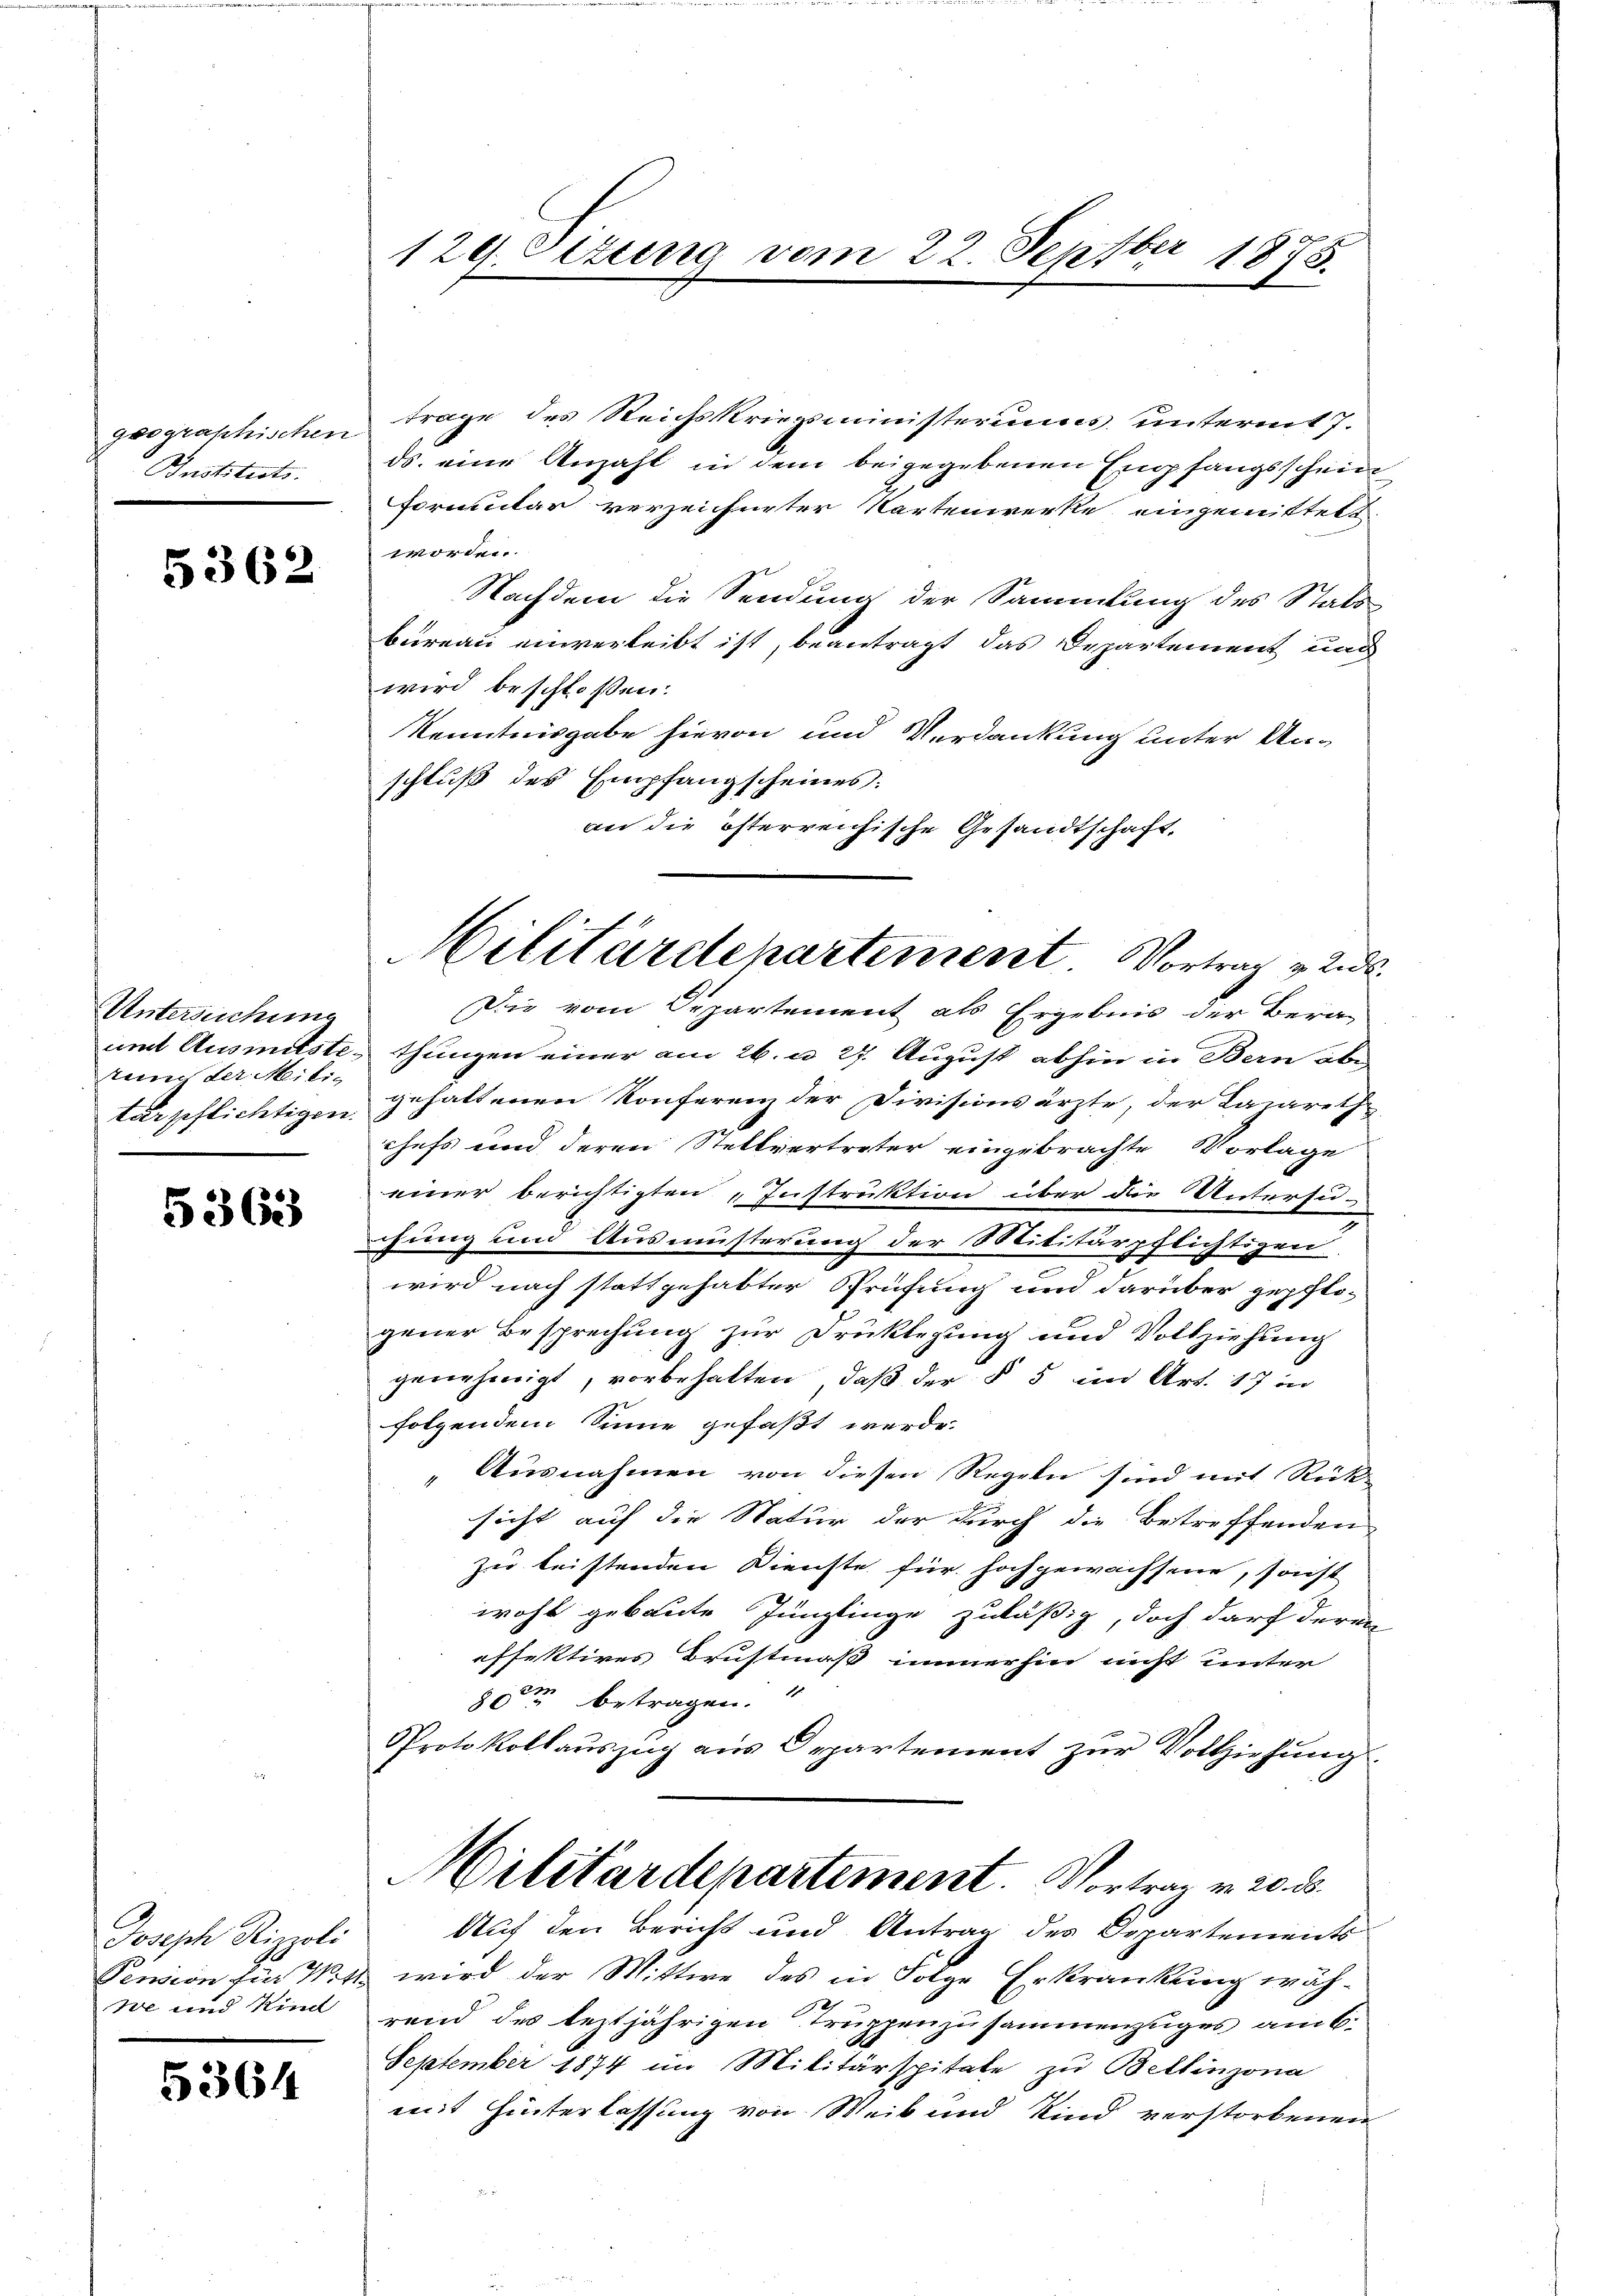
Bnstituts.

5362

Untersuchung
tung der Mili¬

5363

Joseph Rizpoli
we und Kind

5364

129. Otzung vom 22. Septber 1878.

geographischen Frage des Reichskriegsministeriums, unterm 7.
ds. eine Anzahl in dem beigegebenen Empfangsschein
formular verzeichneter Kartenwerke eingemittelt.
worden.
Nachdem die Sendung der Sammlung des Stats
bureau einverleibt ist, beantragt das Departement und
wird beschlossen:
Kenntnisgabe hievon und Verdankung unter An-
schluß des Empfangscheines:
an die österreichische Gesandtschaft,
Die vom Departement als Ergebnis der Beraumt Ausmitste, thungen einer am 26. u. 27. August abhin in Bern aber
tärpflichtigen gehaltenen Konferenz der Divisionsärzte, der Lazareth
chefs und deren Stellvertreter eingebrachte Vorlage
einer berichtigten „Instruktion über die Untersu-
schung und Ausmüsterung der Militärpflichtigen
wird nach stattgehabter Prüfung und darüber gepflo-
gener Besprechung zur Drucklegung und Vollziehung
genehmigt, vorbehalten, daß der § 5 in Art. 17 in
folgendem Sinne gefaßt werde.
Ausnahmen von diesen Regeln sind mit Rück-
sicht auf die Natur der durch die Betreffenden
zu leistenden Dienste für hochgewachsene, sonst
wohl gebaute Jünglinge zuläßig, doch darf deren
effektives Brustmäß immerhin nicht unter
80ten betragen.
Protokollauszug aus Departement zur Vollziehung
Militärdepartement. Vortrag v. 20. d.
Auf den Bericht und Antrag des Departements
Pension für Witt wird der Mittwe des in Folge Erkrankung während des leztjährigen Truppenzusammenzuges am 6.
September 1874 im Militärspitale zu Bellinzona
mit Hinterlassung von Weib und Kind verstorbenen

Militärdepartement. Vortrag v. und